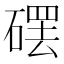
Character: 𱴩